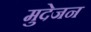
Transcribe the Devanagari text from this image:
मुदेजन